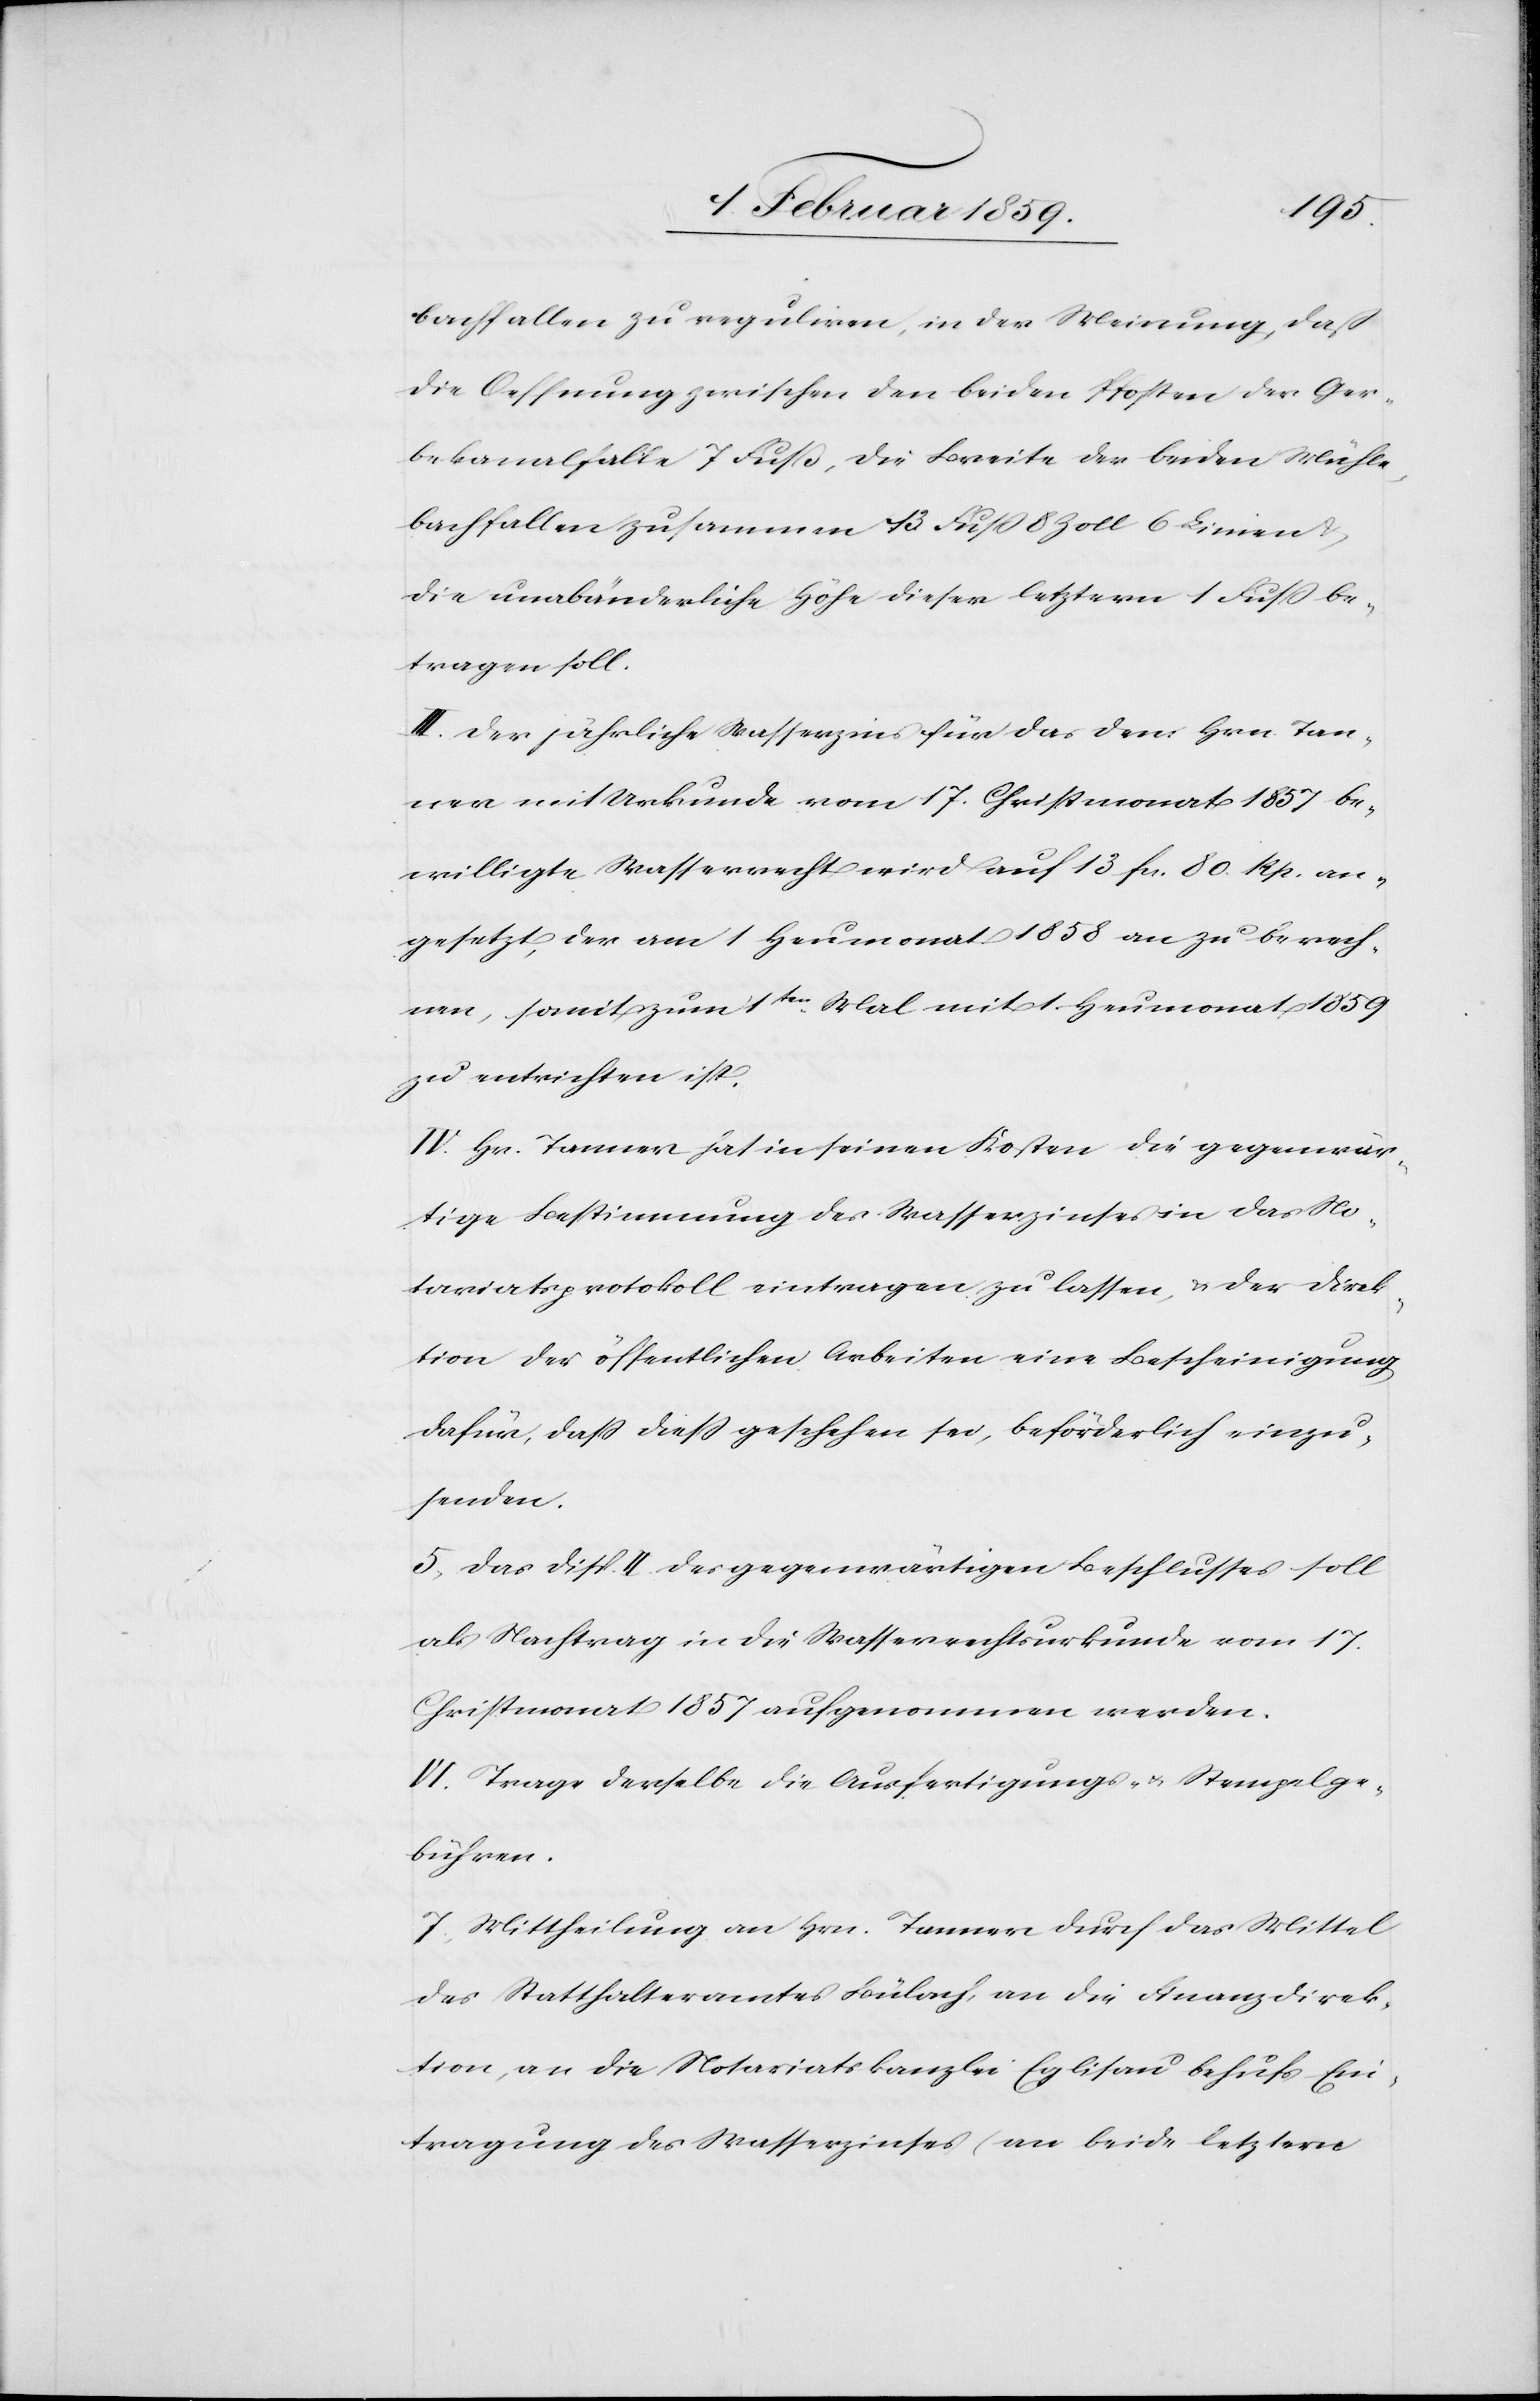
bachfallen zu reguliren, in der Meinung, daß
die Oeffnung zwischen den beiden Pfosten der Ger¬
bekanalfalle 7 Fuß 8 Zoll Linien & die unabänderliche
betragen soll.
III. Der jährliche Wasserzins für das dem Hrn. Tan¬
ner mit Urkunde vom 17. Christmonat 1857 be¬
willigte Wasserrecht wird auf 13 fcs. 80. Rp. an¬
gesetzt, der am 1 Heumonat 1858 an zu berech¬
nen, somit zum 1ten. Mal mit 1. Heumonat 1859
zu entrichten ist.
IV. Hr. Tanner hat in seinen Kosten die gegenwär¬
tige Bestimmung des Wasserzinses in das No¬
tariatsprotokoll eintragen zu lassen, & der Direk¬
tion der öffentlichen Arbeiten eine Bescheinigung
dafür, daß dieß geschehen sei, beförderlich einzu¬
senden.
5. Das disp. II. des gegenwärtigen Beschlusses soll
als Nachtrag in die Wasserrechtsurkunde vom 17.
Christmonat 1857 aufgenommen werden.
VI. Trage derselbe die Ausfertigungs- u. Stempelge¬
bühren.
7, Mittheilung an Hrn. Tanner durch das Mittel
des Statthalteramtes Bülach, an die Finanzdirek¬
tion, an die Notariatskanzlei Eglisau behufs Ein¬
tragung des Wasserzinses (an beide letztern